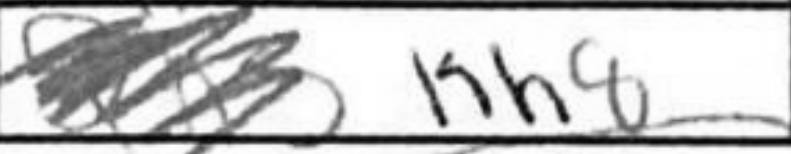
Transcription: Kh8